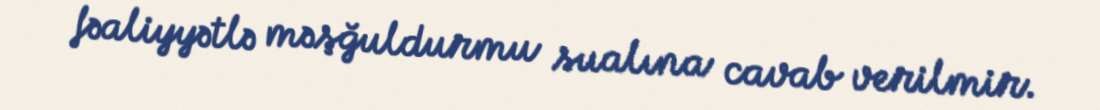
fəaliyyətlə məşğuldurmu sualına cavab verilmir.